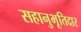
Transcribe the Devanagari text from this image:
सहानुभूतिदार